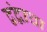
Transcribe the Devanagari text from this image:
द्वंद्वाचा